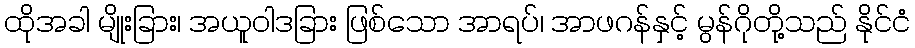
ထိုအခါ မျိုးခြား၊ အယူဝါဒခြား ဖြစ်သော အာရပ်၊ အာဖဂန်နှင့် မွန်ဂိုတို့သည် နိုင်ငံ